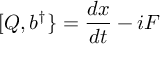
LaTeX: [ Q , b ^ { \dagger } \} = { \frac { d x } { d t } } - i F